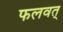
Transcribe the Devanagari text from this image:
फलवत्